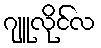
ဂျူလိုင်လ